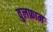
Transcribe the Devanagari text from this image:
वुलफ्राम